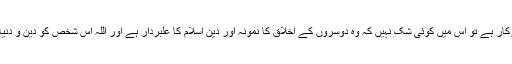
اگر مسلمان در حقیقت میں کامل مومن اور رسول کے سنت کا دل سے پیروکار ہے تو اس میں کوئی شک نہیں کہ وہ دوسروں کے اخلاق کا نمونہ اور دین اسلام کا علبردار ہے اور اللہ اس شخص کو دین و دنیا دونوں میں کامیابی دیتا ہے اور آخرت میں بھی اس کے لیے کامیابی ہے ۔